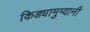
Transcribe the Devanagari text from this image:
किड्यामुग्यानी